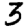
Digit: 3